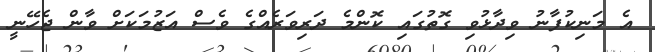
އެ މަނިކުފާނު ވިދާޅުވި ގޮތުގައި ކޮންމެ ދަރިވަރެއްގެ ވެސް އަޒުމަކަށް ވާން ޖެހޭނީ